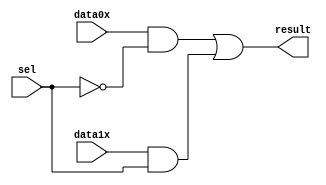
module mux2to1_1bit(input data1x, data0x, sel, output result);
	assign result = (data0x & ~sel) | (data1x	& sel);
endmodule